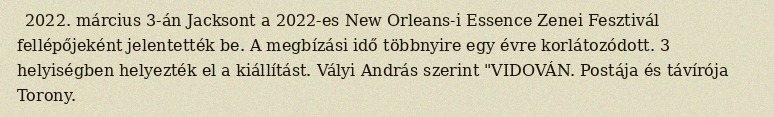
2022. március 3-án Jacksont a 2022-es New Orleans-i Essence Zenei Fesztivál fellépőjeként jelentették be. A megbízási idő többnyire egy évre korlátozódott. 3 helyiségben helyezték el a kiállítást. Vályi András szerint "VIDOVÁN. Postája és távírója Torony.